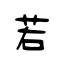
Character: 若